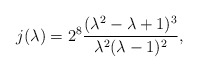
\begin{align*}j(\lambda)= 2^8 \frac{(\lambda^{2}-\lambda+1)^{3}}{\lambda^{2}(\lambda -1)^{2}},\end{align*}